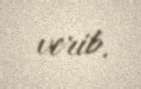
verib.